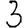
Digit: 3